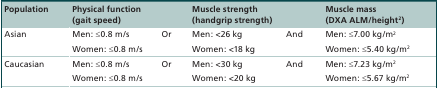
<table><thead><tr><td><b>Population</b></td><td><b>Physical function (gait speed)</b></td><td><b> </b></td><td><b>Muscle strength (handgrip strength)</b></td><td><b> </b></td><td><b>Muscle mass (DXA ALM/height<sup>2</sup>)</b></td></tr></thead><tbody><tr><td>Asian</td><td>Men: ≤0.8 m/s</td><td>Or</td><td>Men: &lt;26 kg</td><td>And</td><td>Men: ≤7.00 kg/m<sup>2</sup></td></tr><tr><td> </td><td>Women: ≤0.8 m/s</td><td> </td><td>Women: &lt;18 kg</td><td> </td><td>Women: ≤5.40 kg/m<sup>2</sup></td></tr><tr><td>Caucasian</td><td>Men: ≤0.8 m/s</td><td>Or</td><td>Men: &lt;30 kg</td><td>And</td><td>Men: ≤7.23 kg/m<sup>2</sup></td></tr><tr><td> </td><td>Women: ≤0.8 m/s</td><td> </td><td>Women: &lt;20 kg</td><td> </td><td>Women: ≤5.67 kg/m<sup>2</sup></td></tr></tbody></table>